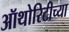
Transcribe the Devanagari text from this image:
ऑथोरिटीच्या